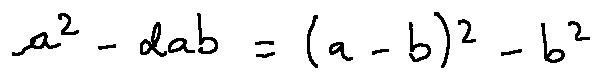
a ^ { 2 } - 2 a b = ( a - b ) ^ { 2 } - b ^ { 2 }